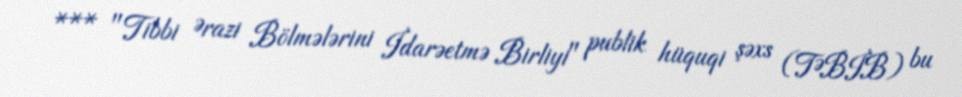
*** "Tibbi Ərazi Bölmələrini İdarəetmə Birliyi" publik hüquqi şəxs (TƏBİB) bu